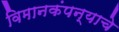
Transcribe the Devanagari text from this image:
विमानकंपन्याचे